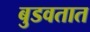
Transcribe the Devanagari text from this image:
बुडवतात